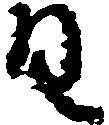
日